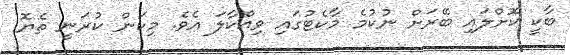
ބާކީ ކޮށްލައި ބޭރަށް ނުކުމެ މާކެޓުގައި ވިއްކާލަ އެވެ. މިކަން ކުރަނީ ތެޔޮ